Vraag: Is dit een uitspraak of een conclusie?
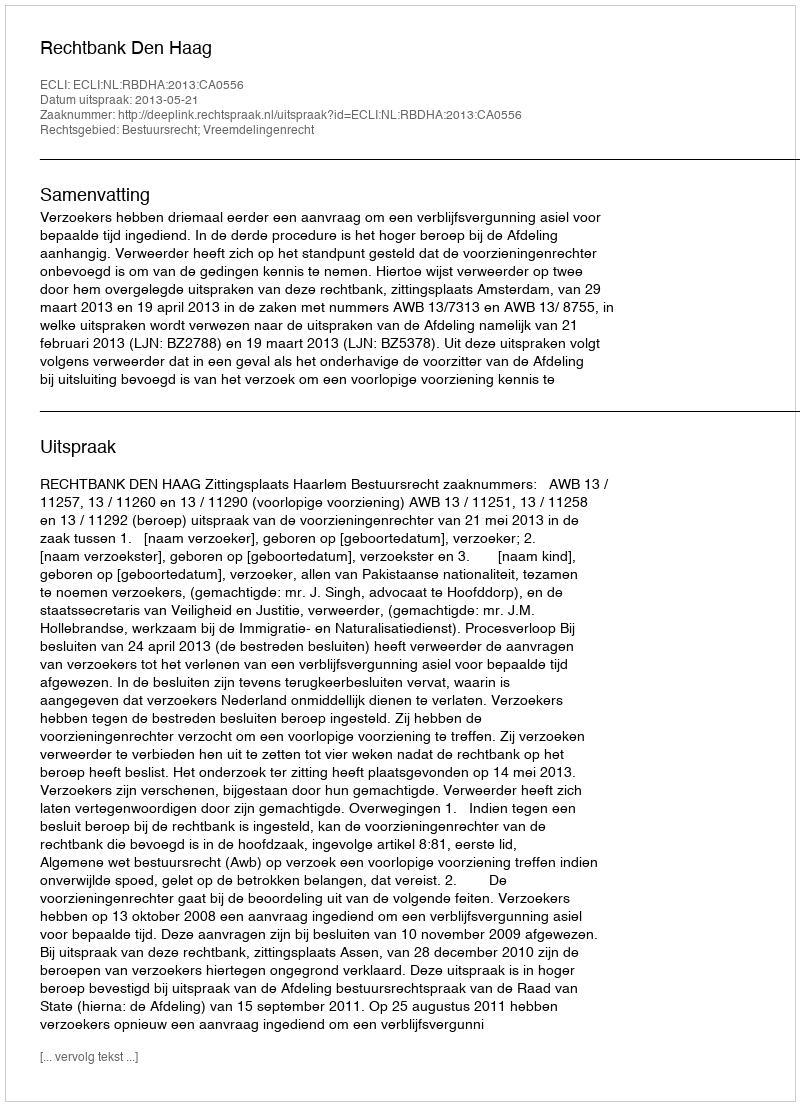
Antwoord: Uitspraak